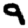
Digit: 9